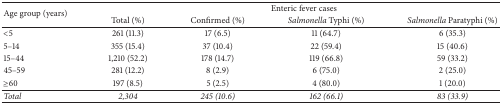
| <ROWSPAN=2> Age group (years) | <COLSPAN=4> Enteric fever cases |
 | Total (%) | Confirmed (%) | Salmonella Typhi (%) | Salmonella Paratyphi (%) |
 | --- | --- | --- | --- | --- |
 | <5 | 261 (11.3) | 17 (6.5) | 11 (64.7) | 6 (35.3) |
 | 5–14 | 355 (15.4) | 37 (10.4) | 22 (59.4) | 15 (40.6) |
 | 15–44 | 1,210 (52.2) | 178 (14.7) | 119 (66.8) | 59 (33.2) |
 | 45–59 | 281 (12.2) | 8 (2.9) | 6 (75.0) | 2 (25.0) |
 | ≥60 | 197 (8.5) | 5 (2.5) | 4 (80.0) | 1 (20.0) |
 | Total | 2,304 | 245 (10.6) | 162 (66.1) | 83 (33.9) |